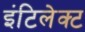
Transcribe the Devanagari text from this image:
इंटिलेक्ट